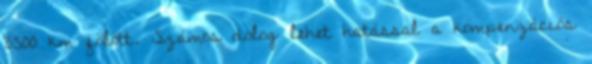
3500 km fölött. Számos dolog lehet hatással a kompenzációs